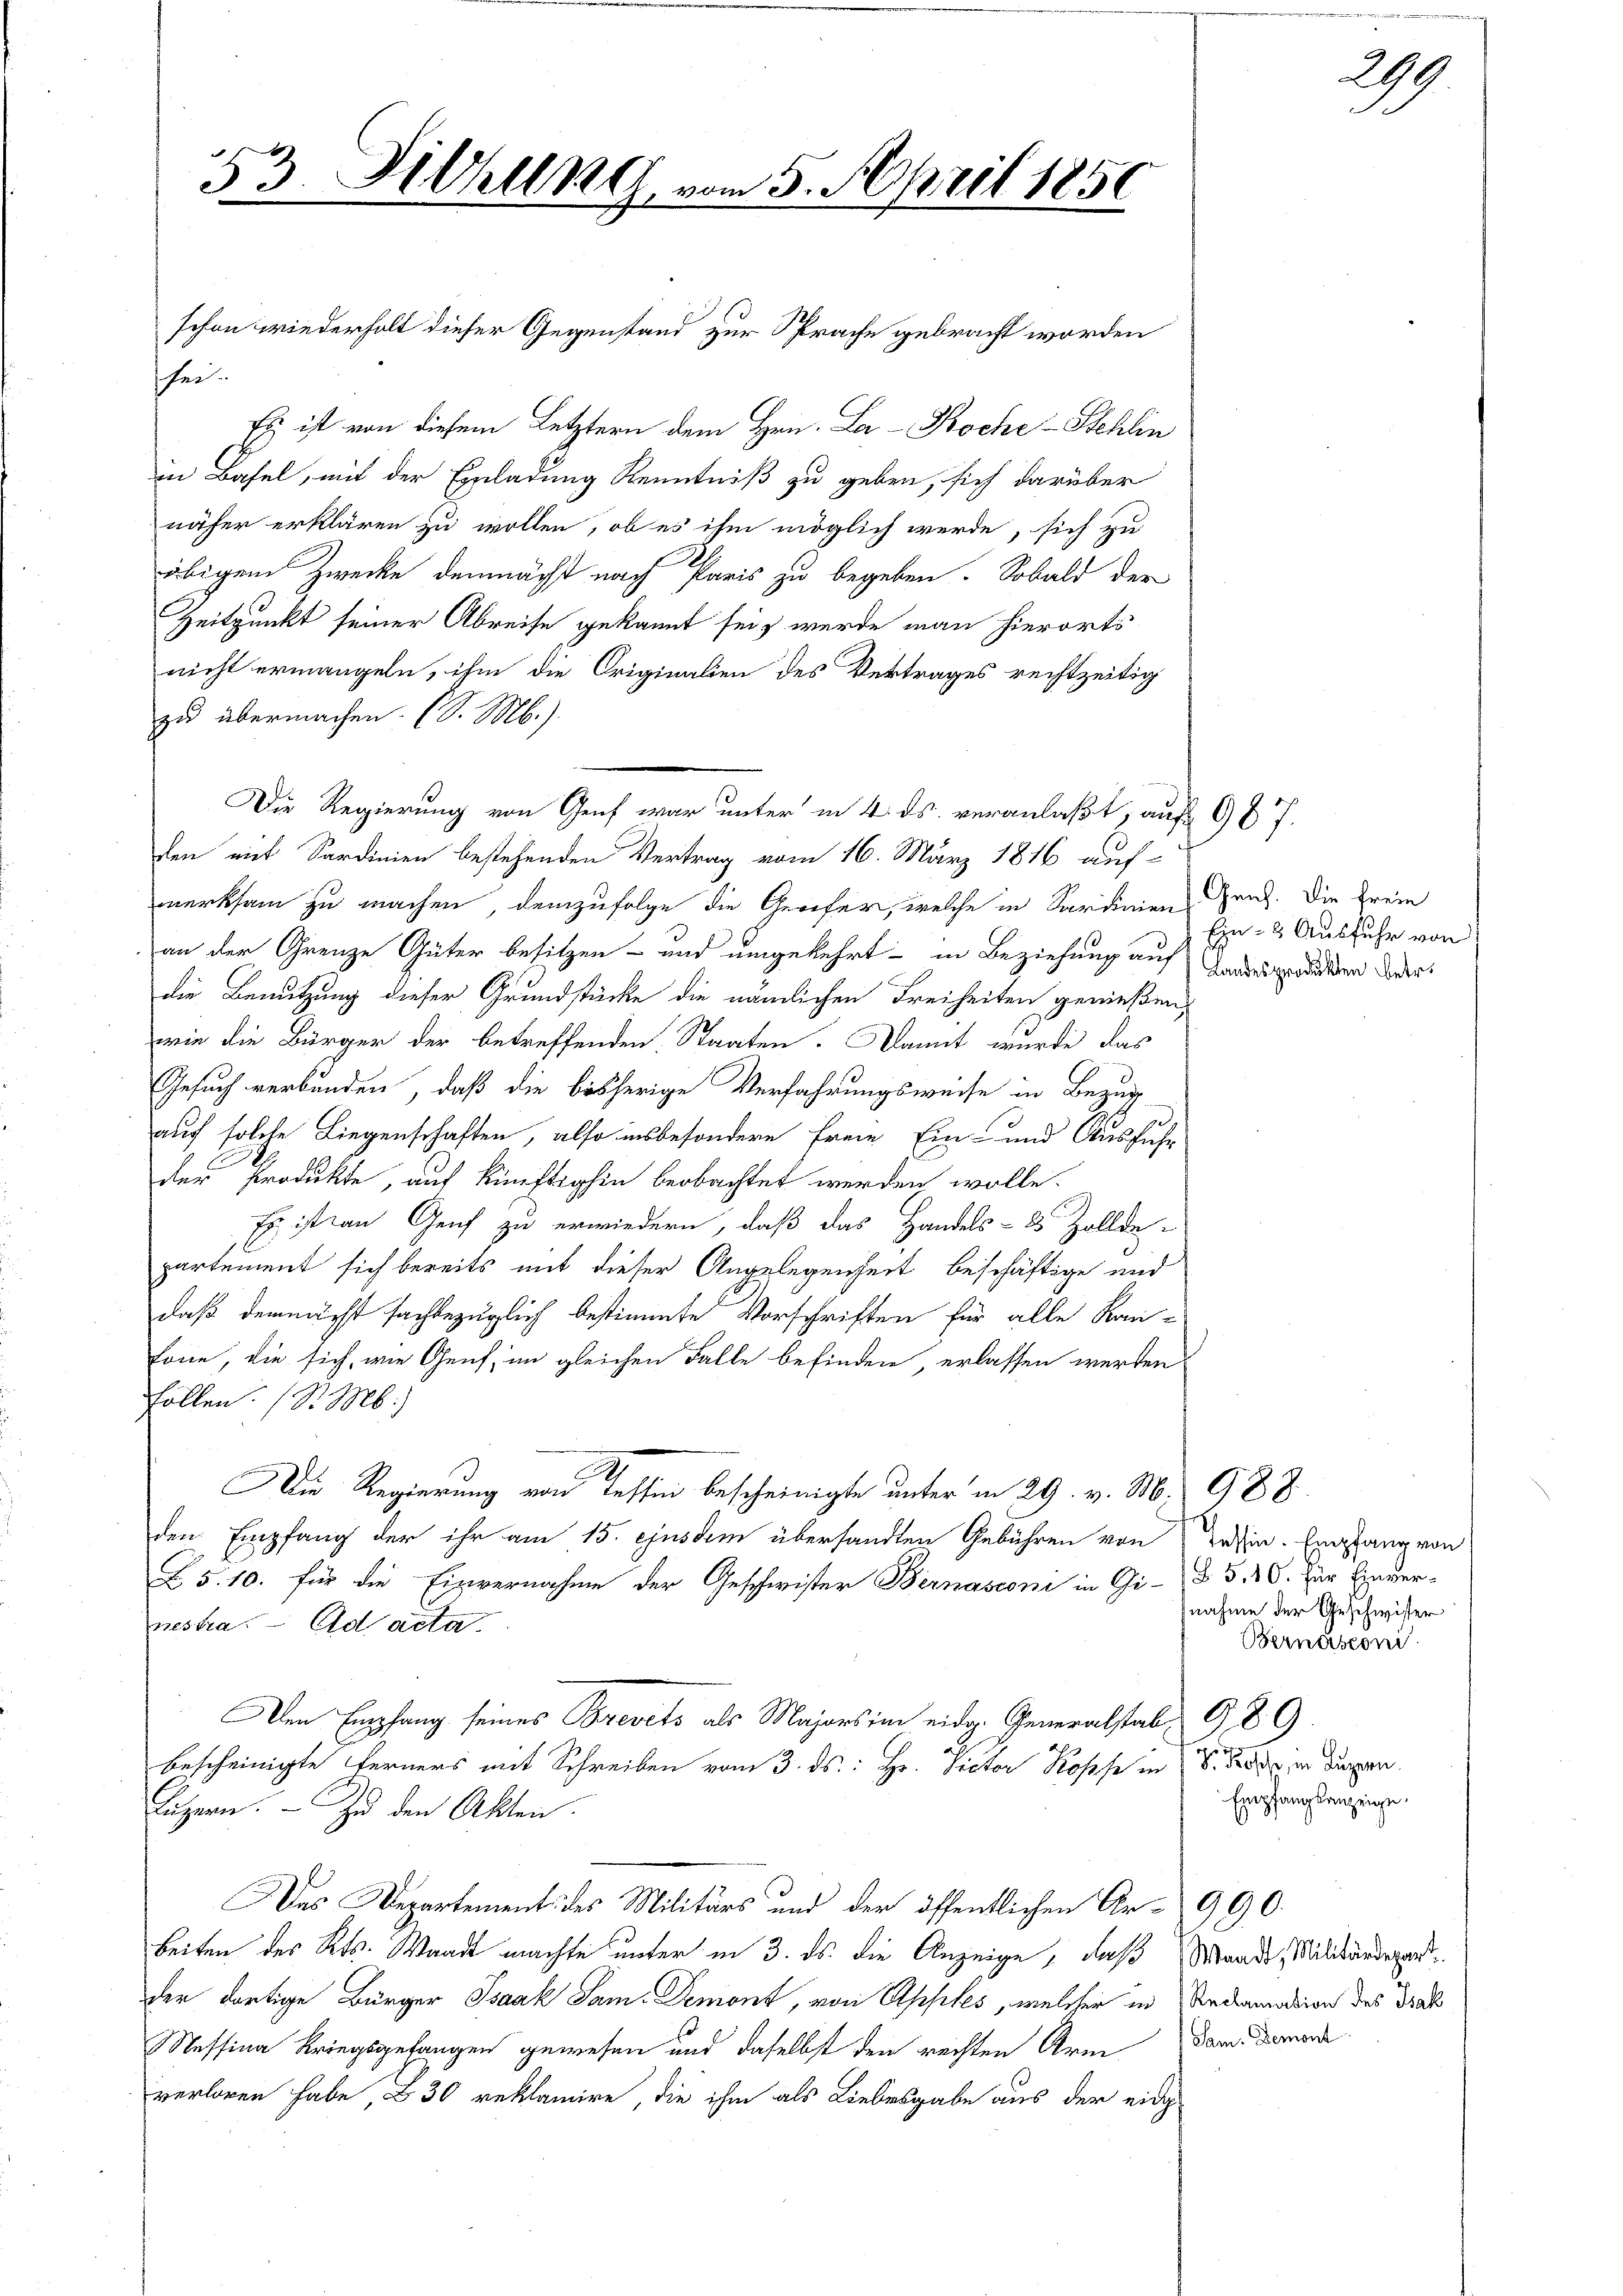
53. Diehltra vom 5. April 1850
.

schon wiederholt dieser Gegenstand zur Sprache gebracht worden
hei.
Es ist von diesem Letztern dem Hrn. La - Koche Stehlin
in Basel, mit der Einladung Kenntniß zu geben, sich darüber
näher erklären zu wollen, ob es ihm möglich werde, sich zu
übigem Zwecke demnächst nach Paris zu begeben. Sobald der
Zeitpunkt seiner Abreise gekannt sei, wurde man hierorts
nicht ermangeln, ihm die Originalien des Vertrages rechtzeitig
zu übermachen. (S. M.)
merksam zu machen, demzufolge die Gerefer, welche in Sardinien Gent. Die Freie
an der Grenze Güter besitzen- und umgekehrt in Beziehung auf
die Benutzung dieser Grundstücke die nämlichen Freiheiten genießen,
wie die Bürger der betreffenden Staaten. Damit wurde das
Gesuch verbunden, daß die bisherige Verfahrungsweise in Bezug
auf solche Liegenschaften, also insbesondere Freie Ein- und Ausfuhr
der Produkte, auf künftighin beobachtet werden wolle.
Es ist an Genf zu erwiedern, daß das Handels- 2 Zollde-
partement sich bereits mit dieser Angelegenheit beschäftige und
daß demnächst sachbezüglich bestimmte Vorschriften für alle Kan-
tone, die sich, wie Genf, im gleichen Falle befinden erlassen werden
Follen. (S. M.
Die Regierung von Tessin bescheinigte unter in 29. v. M. 988
den Empfang der ihr am 15. ejusdem übersandten Gebühren von Tessin. Empfang von
§ 5. 10. für die Einvernahme der Geschwister Bernasconi in Gi- § 5. 16. zur Einvernestra. ad acta.
Den Empfang seines Brevets als Majors im eidg. Generalstab 989
bescheinigte Ferners mit Schreiben vom 3. ds.: Hr. Victor Rosse in 8. Das in dargen.
Luzern. Zu den Akten.
Das Departement des Militärs und der öffentlichen Ar- 990.
beiten des Kts. Waadt machte unter in 3. ds. die Anzeige, daß Waadt, Militärdepart
der dortige Bürger Isaak Sam. Demont, von Apples, welcher in Reclamation des Trak
Nessina Kriegsgefangen gewesen und daselbst den rechten Arm
verloren habe, 8 30 reklamire, die ihm als Liebesgabe aus der eidg

Die Regierung von Genf war unter in 4. ds. veranlaßt, auf 967.
den mit Sardinien bestehenden Vertrag vom 16. März 1816 auf-

Ein- & Ausfuhr von
Landesprodukten betr.

nahme der Geschwister
Bernasconi

Empfangsanzeige.

Sam. Demont

249.